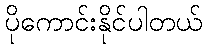
ပိုကောင်းနိုင်ပါတယ်